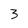
Character: 3